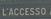
laccesso